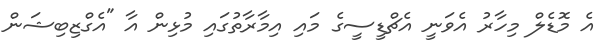
އެ މޮޑެލް މިހާރު އެވަނީ އެޗްޑީސީގެ މައި އިމާރާތުގައި މުޅިން އާ "އެގްޒިބިޝަން